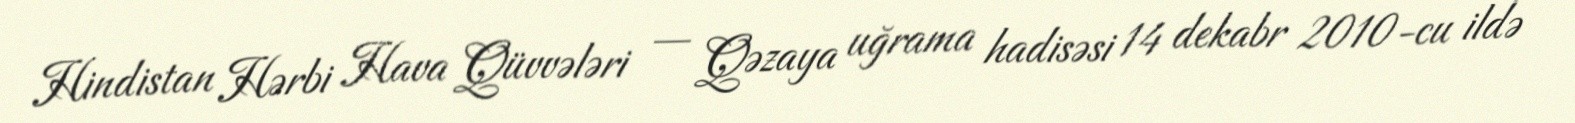
Hindistan Hərbi Hava Qüvvələri — Qəzaya uğrama hadisəsi 14 dekabr 2010-cu ildə